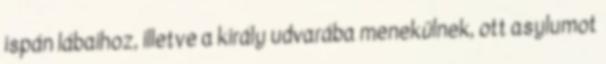
ispán lábaihoz, illetve a király udvarába menekülnek, ott asylumot